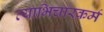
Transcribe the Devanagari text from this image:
व्याभिचारकर्म